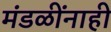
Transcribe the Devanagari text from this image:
मंडळींनाही